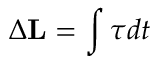
\Delta \mathbf { L } = \int { \boldsymbol { \tau } } d t